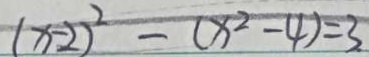
( x - 2 ) ^ { 2 } - ( x ^ { 2 } - 4 ) = 3 .